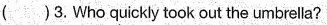
( )3.Who quickly took out the umbrella?